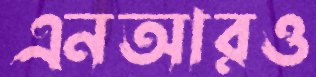
এনআরও